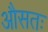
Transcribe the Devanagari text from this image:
औसतः